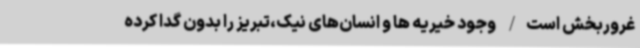
غروربخش است/ وجود خیریه ها و انسان‌های نیک،تبریز را بدون گدا کرده